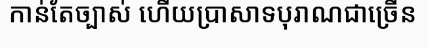
កាន់តែច្បាស់ ហើយប្រាសាទបុរាណជាច្រើន